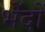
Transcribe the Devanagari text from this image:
भेंदों